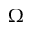
\Omega